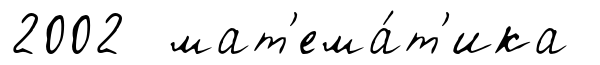
2002 мат'ема́т'ика